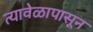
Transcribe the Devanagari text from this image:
त्यावेळापासून